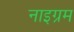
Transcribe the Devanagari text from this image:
नाइग्रम